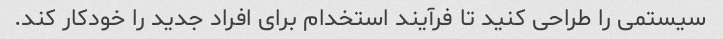
سیستمی را طراحی کنید تا فرآیند استخدام برای افراد جدید را خودکار کند.